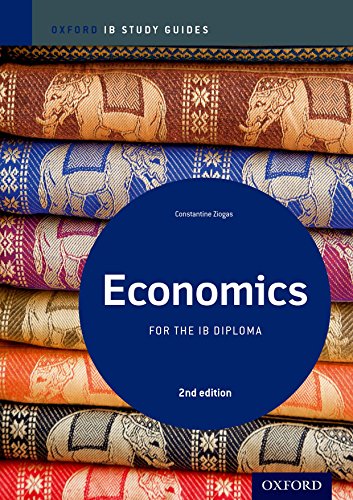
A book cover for IB Economics 2nd Edition: Study Guide: Oxford IB Diploma Program (International Baccalaureate); Constantine Ziogas; Business & Money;